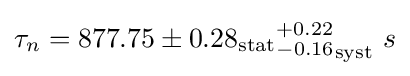
\tau _{n}=877.75\pm 0.28_{\mathrm {stat} }{^{+0.22}_{-0.16}}_{\mathrm {syst} }\ s